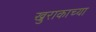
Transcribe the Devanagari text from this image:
खुराकाच्या